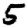
Digit: 5